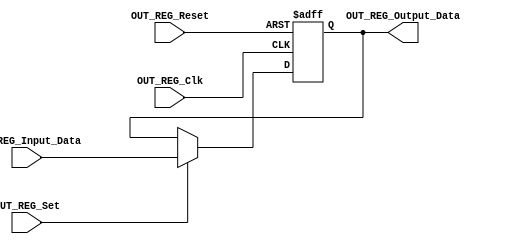
/*#########################################################################
//# Output register triggered by positive edge clock and asynchronous reset
//#########################################################################
//#
//# Copyright (C) 2021 Jose Maria Jaramillo Hoyos 
//# 
//# This program is free software: you can redistribute it and/or modify
//# it under the terms of the GNU General Public License as published by
//# the Free Software Foundation, either version 3 of the License, or
//# (at your option) any later version.
//#
//# This program is distributed in the hope that it will be useful,
//# but WITHOUT ANY WARRANTY; without even the implied warranty of
//# MERCHANTABILITY or FITNESS FOR A PARTICULAR PURPOSE.  See the
//# GNU General Public License for more details.
//#
//# You should have received a copy of the GNU General Public License
//# along with this program.  If not, see <https://www.gnu.org/licenses/>.
//#
//########################################################################*/

module OUT_REG #(parameter REG_DATA_WIDTH=16)(
//////////// INPUTS //////////
OUT_REG_Clk,
OUT_REG_Reset,
OUT_REG_Set,
OUT_REG_Input_Data,
//////////// OUTPUTS //////////
OUT_REG_Output_Data
);

//============================================================
//  PORT DECLARATIONS
//============================================================
input OUT_REG_Clk;
input OUT_REG_Reset;
input OUT_REG_Set;
input signed [REG_DATA_WIDTH-1:0] OUT_REG_Input_Data;
output signed [REG_DATA_WIDTH-1:0] OUT_REG_Output_Data;

//=======================================================
//  REG/WIRE DECLARATIONS
//=======================================================

reg signed [REG_DATA_WIDTH-1:0] Internal_Signal_Reg;
reg signed[REG_DATA_WIDTH-1:0] Internal_Data_Reg;

//============================================================
// COMBINATIONAL LOGIC
//============================================================
always@(*)
begin
	if(OUT_REG_Set)
		Internal_Signal_Reg=OUT_REG_Input_Data;
	else
		Internal_Signal_Reg=Internal_Data_Reg;
end

//============================================================
// SEQUENTIAL LOGIC
//============================================================

always@(posedge OUT_REG_Clk or negedge OUT_REG_Reset)
begin
	if(!OUT_REG_Reset)
		Internal_Data_Reg<=0;
	else
		Internal_Data_Reg<=Internal_Signal_Reg;
end

//============================================================
// COMBINATIONAL OUTPUT LOGIC
//============================================================
assign OUT_REG_Output_Data=Internal_Data_Reg;


endmodule